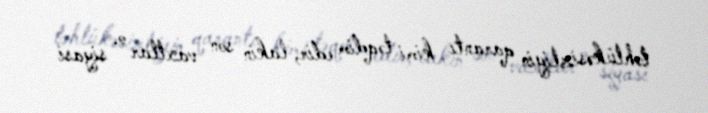
təhlükəsizliyin qarantı kimi təqdim edir, lakin son vaxtlar o, siyasi